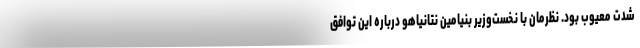
شدت معیوب بود. نظرمان با نخست‌وزیر بنیامین نتانیاهو درباره این توافق